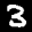
Label: 3